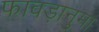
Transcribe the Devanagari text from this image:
फावड़ानुमा